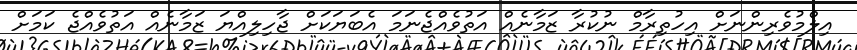
އިލްމުވެރިންނަށް އިހުތިރާމް ނުކުރާ ޒަމާނެއް އަތުވެއްޖެނަމަ އެބަޔަކަށް ޖާހިލިއްޔަ ޒަމާނެއް އަތުވެއްޖެ ކަމަށް